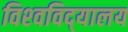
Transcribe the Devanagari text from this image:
विश्‍वविद्‍यालय